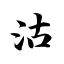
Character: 沽